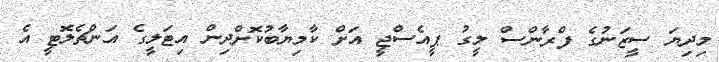
މިދިޔަ ސީޒަނުގެ ފްރާންސް ލީގު ޕީއެސްޖީ އަށް ކާމިޔާބުކޮށްދިން އިޓަލީގެ އަންޗެލޮޓީ އެ